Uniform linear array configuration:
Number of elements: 8
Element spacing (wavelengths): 0.5
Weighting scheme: hamming
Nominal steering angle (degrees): -30
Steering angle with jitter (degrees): -30.816
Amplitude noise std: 0.05
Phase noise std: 0.05

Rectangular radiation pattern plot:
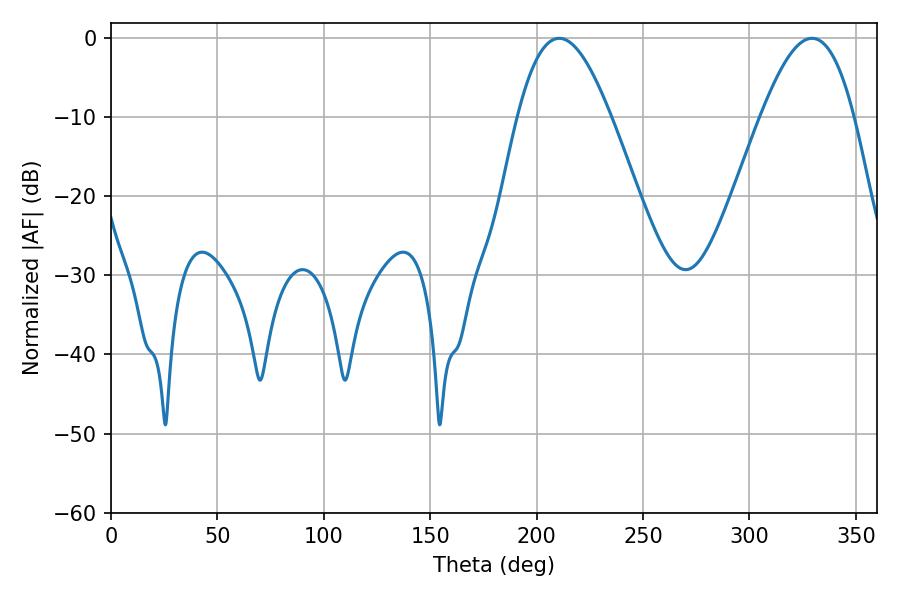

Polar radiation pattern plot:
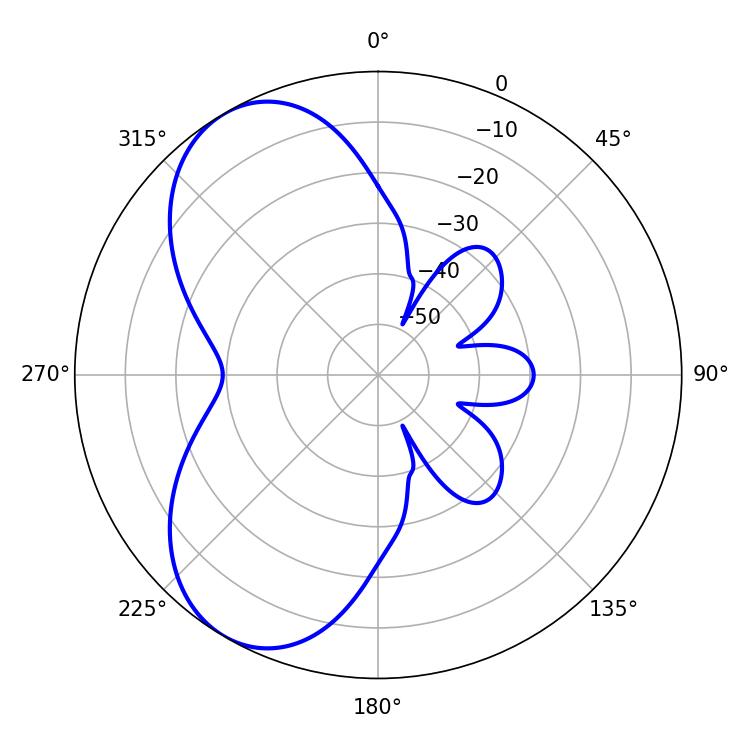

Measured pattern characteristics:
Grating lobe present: FALSE
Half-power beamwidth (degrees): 23.76
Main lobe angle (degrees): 210.6